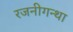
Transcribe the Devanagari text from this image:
रजनीगन्था